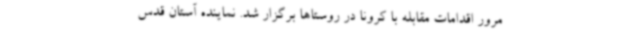
مرور اقدامات مقابله با کرونا در روستاها برگزار شد. نماینده آستان قدس